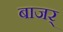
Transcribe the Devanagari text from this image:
बाजर्